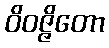
ဝိဝဇ္ဇိတော